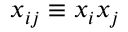
x _ { i j } \equiv x _ { i } x _ { j }